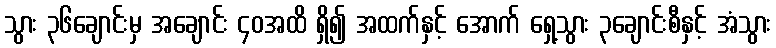
သွား ၃၆ချောင်းမှ အချောင်း ၄၀အထိ ရှိ၍ အထက်နှင့် အောက် ရှေ့သွား ၃ချောင်းစီနှင့် အံသွား